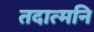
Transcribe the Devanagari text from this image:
तदात्मनि